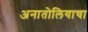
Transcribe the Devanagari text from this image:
अनातोलियाचा